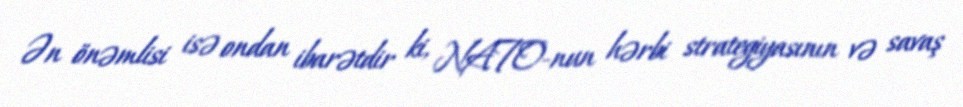
Ən önəmlisi isə ondan ibarətdir ki, NATO-nun hərbi strategiyasının və savaş